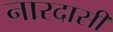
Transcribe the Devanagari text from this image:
नारदासी